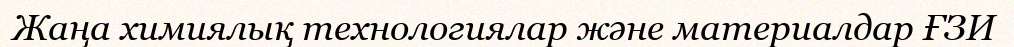
Жаңа химиялық технологиялар және материалдар ҒЗИ